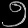
Digit: ၅